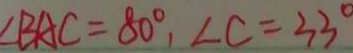
\angle B A C = 8 0 ^ { \circ } , \angle C = 3 3 ^ { \circ }